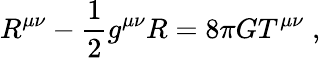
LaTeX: R^{\mu\nu}-\frac{1}{2}g^{\mu\nu}R=8\pi GT^{\mu\nu}\; ,